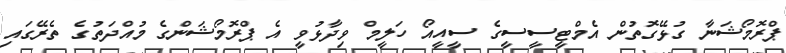
ޕްރޮމޯޝަނާ ގުޅޭގޮތުން އެމްޓީސީސީގެ ސީއީއޯ ހަލީމް ވިދާޅުވީ އެ ޕްރޮމޯޝަންގެ މުއްދަތުގެ ތެރޭގައި